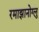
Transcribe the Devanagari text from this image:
रमाझानोग्लु